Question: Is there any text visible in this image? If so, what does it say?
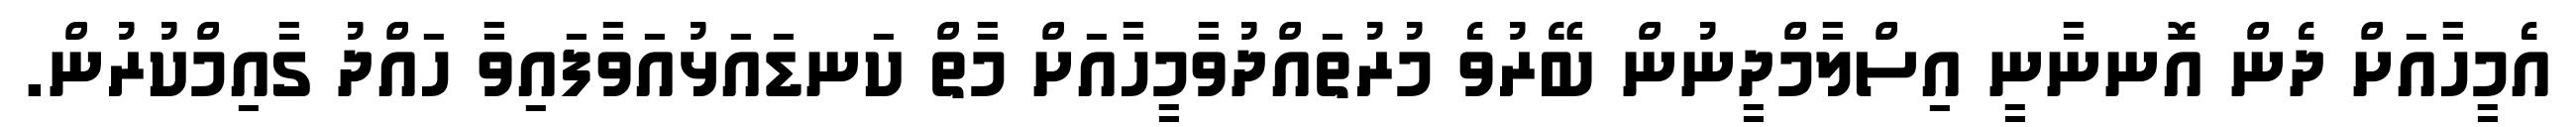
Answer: އެމީހާއަށް ދެން އޮނނާނީ އިސްލާމްދީނުން ބޭރުވެ މުރުތައްދުވާމީހާއަށް މާތް ކަނޑައަޅުއަވާފައިވާ ހައްދު ގާއިމްކުރުން.